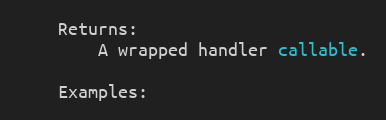
Language: Python
    Returns:
        A wrapped handler callable.

    Examples: